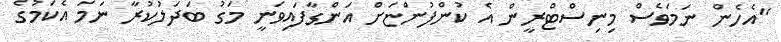
"އެހެން ނަމަވެސް މިނިސްޓްރީން އެ ކުންފުންޏަށް އަންގާފައިވަނީ މަގު ބަދަލުކުރާ ނަމަ އެކަމުގެ